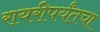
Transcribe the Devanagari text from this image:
रायरीपर्यंतचा